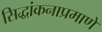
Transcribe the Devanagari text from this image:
सिद्धांकनाप्रमाणे